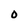
Character: 0